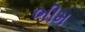
ભીમ